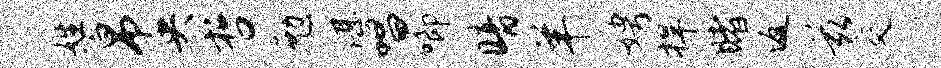
姓帛央哲勉湛唱唧暗羊娉捍睹返兹交